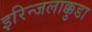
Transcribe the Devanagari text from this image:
इरिन्जलाक्कुडा